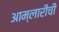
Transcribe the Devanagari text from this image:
आम्लारीची